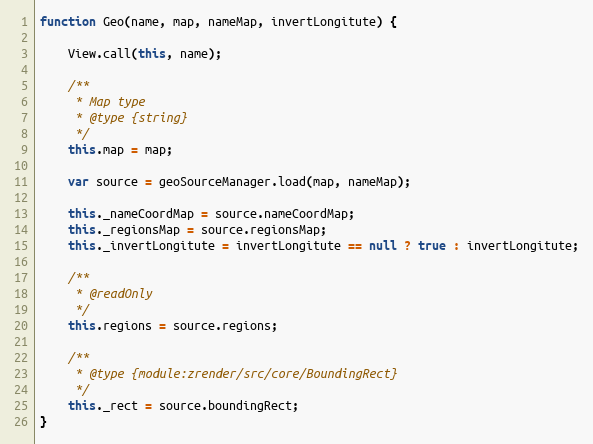
Language: JavaScript
function Geo(name, map, nameMap, invertLongitute) {

    View.call(this, name);

    /**
     * Map type
     * @type {string}
     */
    this.map = map;

    var source = geoSourceManager.load(map, nameMap);

    this._nameCoordMap = source.nameCoordMap;
    this._regionsMap = source.regionsMap;
    this._invertLongitute = invertLongitute == null ? true : invertLongitute;

    /**
     * @readOnly
     */
    this.regions = source.regions;

    /**
     * @type {module:zrender/src/core/BoundingRect}
     */
    this._rect = source.boundingRect;
}